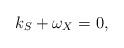
LaTeX: \begin{align*}k_S+\omega_X=0,\end{align*}